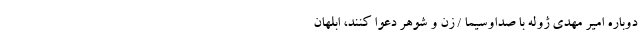
دوباره امیر مهدی ژوله با صداوسیما / زن و شوهر دعوا کنند، اَبلَهان